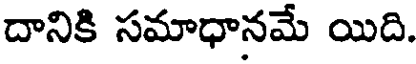
దానికి సమాధానమే యిది.